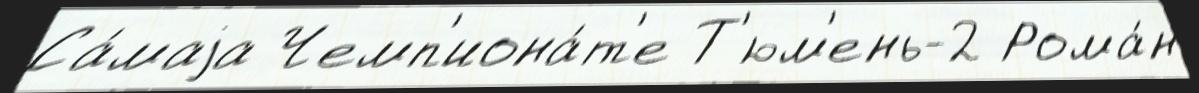
Са́маjа Чемп'иона́т'е Т'юм'ень-2 Рома́н